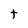
Character: t